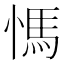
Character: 𰒀